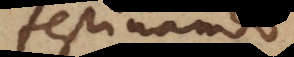
festinando